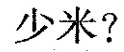
少米？